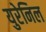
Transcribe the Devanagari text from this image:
युरेनिल